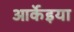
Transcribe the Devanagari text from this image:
आर्केइया